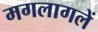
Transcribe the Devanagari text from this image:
मगलागलें